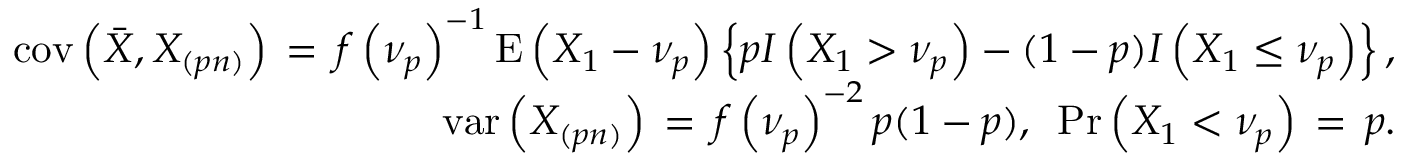
\begin{array} { r l r } & { } & { \mathrm { c o v } \left( \bar { X } , X _ { ( p n ) } \right) \, = \, f \left( \nu _ { p } \right) ^ { - 1 } \mathrm { E } \left( X _ { 1 } - \nu _ { p } \right) \left\{ p I \left( X _ { 1 } > \nu _ { p } \right) - ( 1 - p ) I \left( X _ { 1 } \le \nu _ { p } \right) \right\} , } \\ & { } & { \mathrm { v a r } \left( X _ { ( p n ) } \right) \, = \, f \left( \nu _ { p } \right) ^ { - 2 } p ( 1 - p ) , \, \, \, \mathrm { P r } \left( X _ { 1 } < \nu _ { p } \right) \, = \, p . } \end{array}